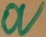
Text: 0V